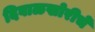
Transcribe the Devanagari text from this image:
दिवाळखोरीचे